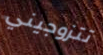
تتزوجيني